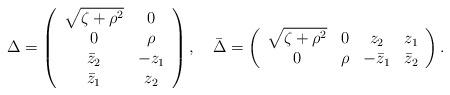
LaTeX: \begin{align*}\Delta=\left(\begin{array}{cc} \sqrt{\zeta+\rho^2} &0 \\ 0 & \rho \\ \bar z_2 & -z_1 \\ \bar z_1 & z_2\end{array}\right),\quad\bar\Delta=\left(\begin{array}{cccc}\sqrt{\zeta+\rho^2} & 0 & z_2 & z_1 \\0 & \rho & -\bar z_1 & \bar z_2 \end{array}\right).\end{align*}